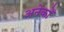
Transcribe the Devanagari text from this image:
अनेकोँ